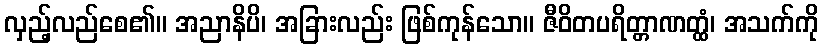
လှည့်လည်စေ၏။ အညာနိပိ၊ အခြားလည်း ဖြစ်ကုန်သော။ ဇီဝိတပရိတ္တာဏတ္ထံ၊ အသက်ကို